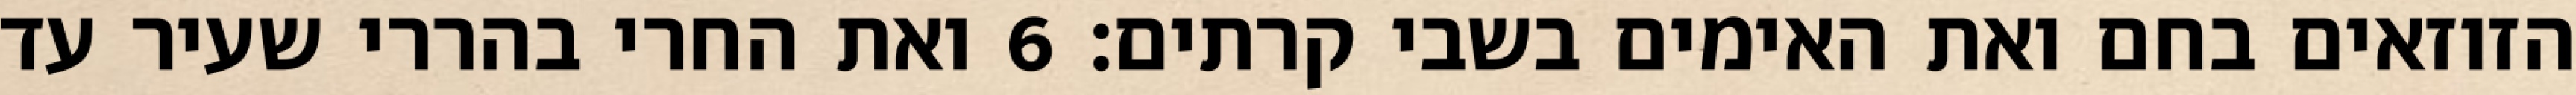
הזוזאים בחם ואת האימים בשבי קרתים׃ ‎6‏ ואת החרי בהררי שעיר עד